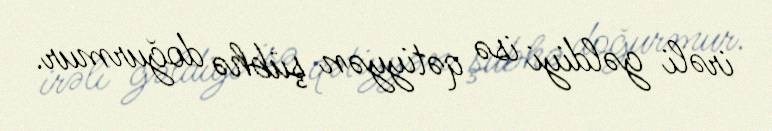
irəli gəldiyi isə qətiyyən şübhə doğurmur.